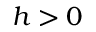
h > 0